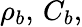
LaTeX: \rho_{b},\, C_{b},